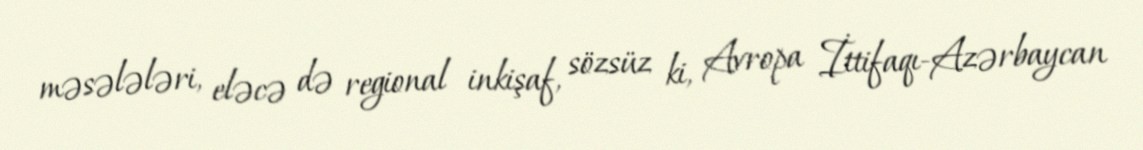
məsələləri, eləcə də regional inkişaf, sözsüz ki, Avropa İttifaqı-Azərbaycan